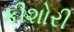
કીશોરી